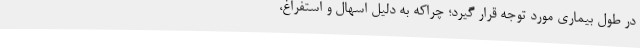
در طول بیماری مورد توجه قرار گیرد؛ چراکه به دلیل اسهال و استفراغ،